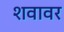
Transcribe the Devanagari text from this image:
शवावर